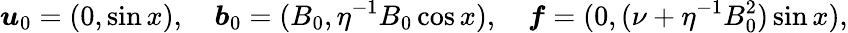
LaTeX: \boldsymbol{u}_{0}=(0,\sin x),\quad\boldsymbol{b}_{0}=(B_{0},\eta^{-1}B_{0}\cos x),\quad\boldsymbol{f}=(0,(\nu+\eta^{-1}B_{0}^{2})\sin x),